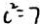
c ^ { 2 } = 7